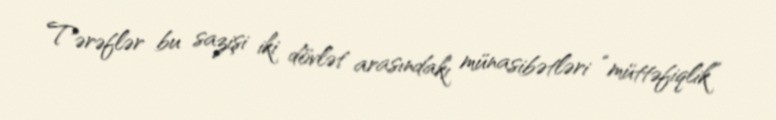
Tərəflər bu sazişi iki dövlət arasındakı münasibətləri “müttəfiqlik”